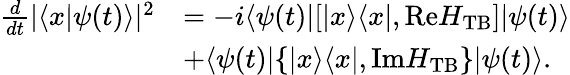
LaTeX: \begin{array}{rl}{\frac{d}{dt}|\langle x|\psi(t)\rangle|^{2}}&{=-i\langle\psi(t)|[|x\rangle\langle x|,\mathrm{Re}H_{\mathrm{TB}}]|\psi(t)\rangle}\\ &{+\langle\psi(t)|\{ |x\rangle\langle x|,\mathrm{Im}H_{\mathrm{TB}}\} |\psi(t)\rangle.}\end{array}